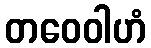
တဝေဝါဟံ